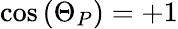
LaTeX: \cos{(\Theta_{P})}=+1